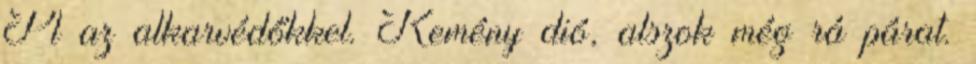
Pl az alkarvédőkkel. Kemény dió, alszok még rá párat.